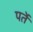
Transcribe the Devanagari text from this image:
पर्ते